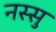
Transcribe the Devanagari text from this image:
नस्सु